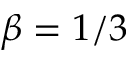
\beta = 1 / 3